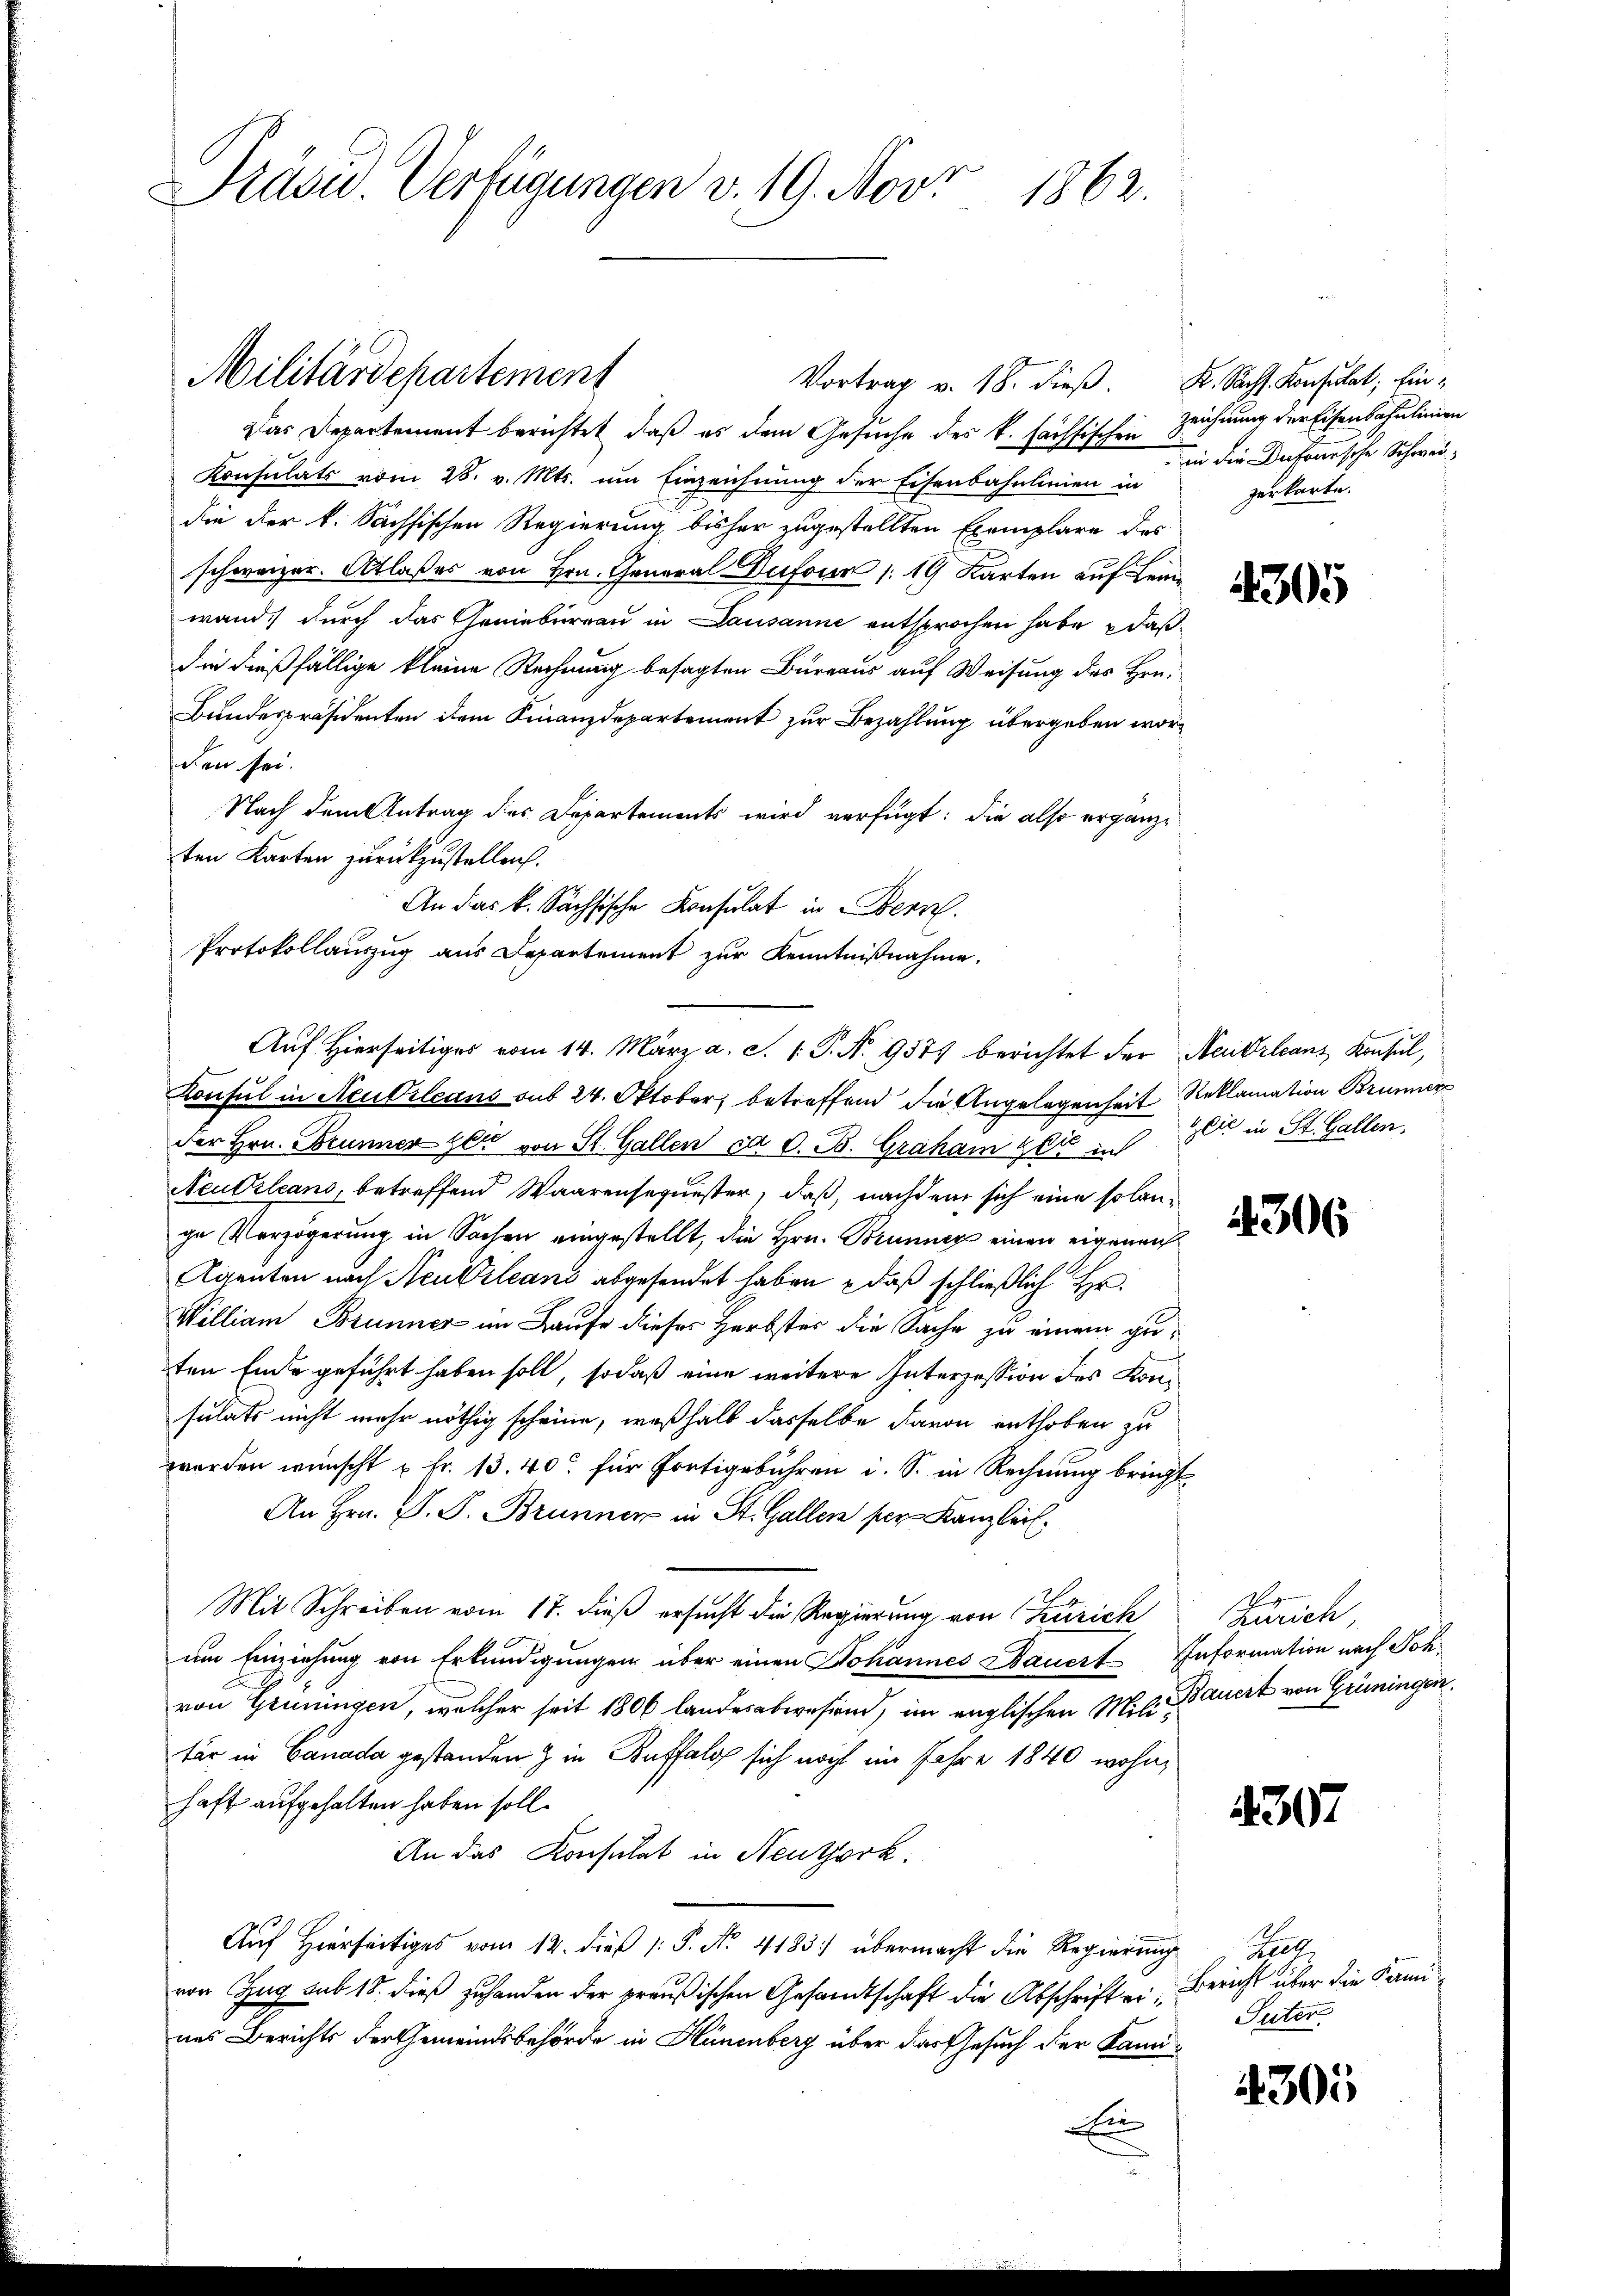
Präsu. Verfügungen v. 19. Nov.
1862.

Das Departement berichtet, daß es dem Gesuche des k. Sächtischen Zeichnung der Eisenbahnlinien
Konsulats vom 28. v. Mts. um Einzeichnung der Eisenbahnlinien in
die der k. Sächsischen Regierung bisher zugestellten Exemplare des
schweizer. Atlaßes von Hrn. General Dufour 1 19 Karten auf Leinwand, durch das Geniebureau in Lausanne entsprochen habe, daß
die dießfällige kleine Rechnung besagten Bureaus auf Weisung des Hrn.
Bundespräsidenten dem Finanzdepartement zur Bezahlung übergeben worden sei.
Nach dem Antrag des Departements wird verfügt: die also ergänzten Karten zurückzustellen.
An das k. Sächsische Konsulat in Bern.
Protokollauszug aus Departement zur Kenntnißnahme.
Konsul in Neubileans sub 24. Oktober betreffend die Angelegenheit Reklamation Brunner
der Hrn. Brunner sei von St. Gallen ca. O. B. Graham et in
Neutrleans, betreffend Waarensequester, daß, nachdem sich eine solange Verzögerung in Sachen eingestellt, die Hrn. Brunner einen eigenen
Agenten nach Neubileans abgesendet haben , daß schließlich Hr.
William Brunner im Laufe dieses Herbster die Sache zu einem guten Ende geführt haben soll, sodaß eine weitere Interzession des Konsulats nicht mehr nöthig scheine, weßhalb dasselbe davon enthoben zu
worden wünscht u. fr. 13. 40 für Fortigebühren i. S. in Rechnung bricht
An Hrn. J. J. Brunner in St. Gallen per Kanzlei.
Mit Schreiben vom 17. dieß ersucht die Regierung von Zürich
um Einziehung von Erkundigungen über einen Johannes Dauert Information nach Johvon Grüningen, welcher seit 1806 landesabwesend, im englischen Milie Bauert von Grüningen,
tär in Canada gestanden & in Buffalo sich noch im Jahre 1840 wohn
haft aufgehalten haben soll.
An das Konsulat in Neuthork
Auf Hierseitiges vom 12. dieß (: P. No. 4183) übermacht die Regierung
von Zug sub 18. dieß zuhanden der preußischen Gesandtschaft die Abschrift eines Berichts der Gemeindsbehörde in Hünenberg über das Gesuch der Kami
Ein

Militärdepartement
Vortrag v. 18. dieß. K. Sachs. Konsulat, fin

Auf Hierseitiger vom 14. März a. c. 1 P. Nr. 9375 berichtet der Neukrleans Konsul,

in die Dufoursche Schweizerkarte.

4305

tlić in St. Gallen.

4306

Zürich

4307

Keel
Bericht über die Fami¬
Suter

4305